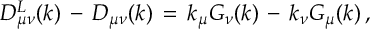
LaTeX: D _ { \mu \nu } ^ { L } ( k ) \, - \, D _ { \mu \nu } ( k ) \, = \, k _ { \mu } G _ { \nu } ( k ) \, - \, k _ { \nu } G _ { \mu } ( k ) \, ,